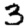
Digit: 3